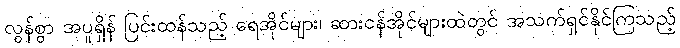
လွန်စွာ အပူရှိန် ပြင်းထန်သည့် ရေအိုင်များ၊ ဆားငန်အိုင်များထဲတွင် အသက်ရှင်နိုင်ကြသည့်